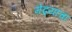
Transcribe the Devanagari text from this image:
मेंढ्याचा